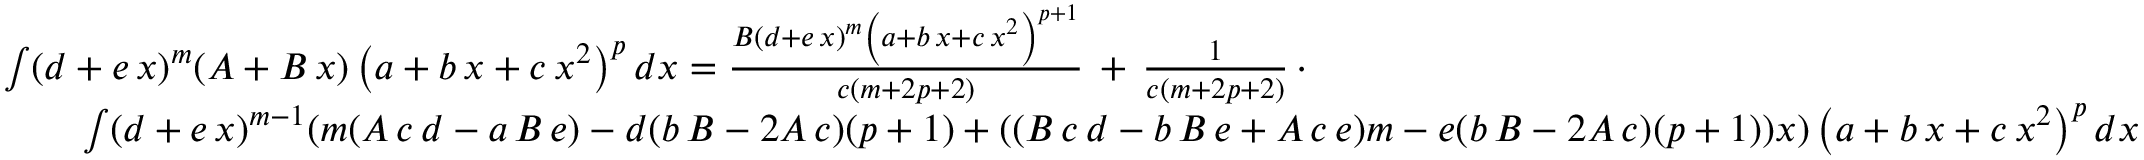
{ \begin{array} { r l } & { \int ( d + e \, x ) ^ { m } ( A + B \, x ) \left( a + b \, x + c \, x ^ { 2 } \right) ^ { p } d x = { \frac { B ( d + e \, x ) ^ { m } \left( a + b \, x + c \, x ^ { 2 } \right) ^ { p + 1 } } { c ( m + 2 p + 2 ) } } \, + \, { \frac { 1 } { c ( m + 2 p + 2 ) } } \, \cdot } \\ & { \qquad \int ( d + e \, x ) ^ { m - 1 } ( m ( A \, c \, d - a \, B \, e ) - d ( b \, B - 2 A \, c ) ( p + 1 ) + ( ( B \, c \, d - b \, B \, e + A \, c \, e ) m - e ( b \, B - 2 A \, c ) ( p + 1 ) ) x ) \left( a + b \, x + c \, x ^ { 2 } \right) ^ { p } d x } \end{array} }